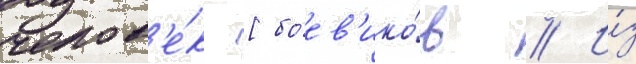
челов'е́к [боев'ико́в // И́з